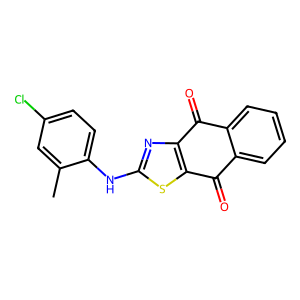
SMILES: Cc1cc(Cl)ccc1Nc1nc2c(s1)C(=O)c1ccccc1C2=O
Inhibits HIV replication: No